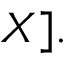
X ] .